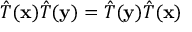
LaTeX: { \hat { T } } ( \mathbf { x } ) { \hat { T } } ( \mathbf { y } ) = { \hat { T } } ( \mathbf { y } ) { \hat { T } } ( \mathbf { x } )